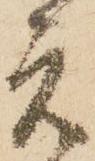
元